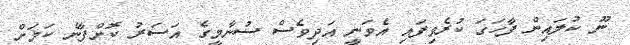
ނޫ ކުލައިން ފާހަގަ ކުރެވިފައި އެވަނީ އަދިވެސް ސުނާމީގެ އަސަރު ކޮށްފާނެ ކަމަށް